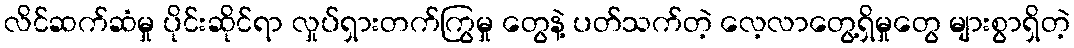
လိင်ဆက်ဆံမှု ပိုင်းဆိုင်ရာ လှုပ်ရှားတက်ကြွမှု တွေနဲ့ ပတ်သက်တဲ့ လေ့လာတွေ့ရှိမှုတွေ များစွာရှိတဲ့